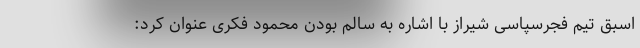
اسبق تیم فجرسپاسی شیراز با اشاره به سالم بودن محمود فکری عنوان کرد:‌